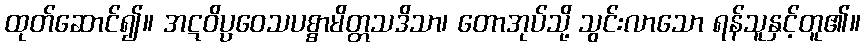
ထုတ်ဆောင်၍။ အဋဝိပ္ပဝေသပစ္စာမိတ္တသဒိသာ၊ တောအုပ်သို့ သွင်းလာသော ရန်သူနှင့်တူ၏။